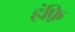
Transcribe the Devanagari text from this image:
हंफ़्रि